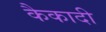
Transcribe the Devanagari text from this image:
कैकादी